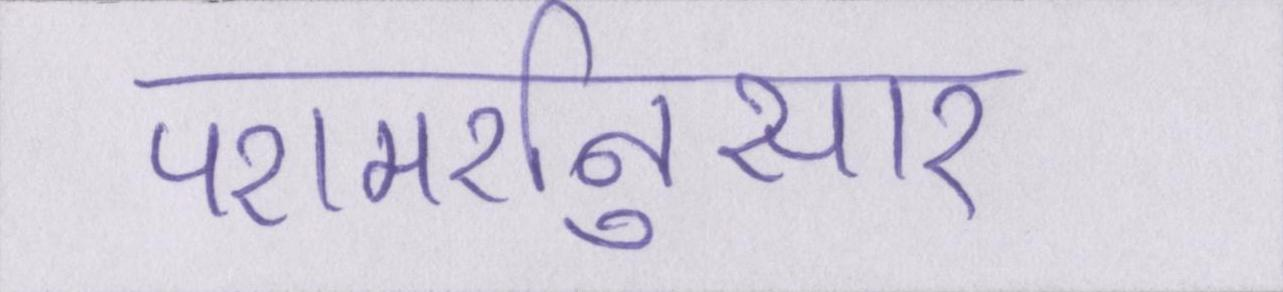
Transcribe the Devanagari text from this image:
परामर्शनुसार